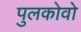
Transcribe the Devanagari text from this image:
पुलकोवो